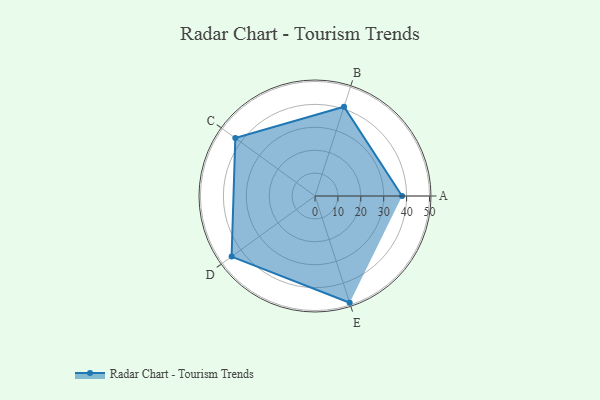
{"axis": {"x": "Skill", "y": "Score"}, "legend": ["Profile"], "data": [{"x": "A", "y": 38.0, "type": "Profile"}, {"x": "B", "y": 41.0, "type": "Profile"}, {"x": "C", "y": 43.0, "type": "Profile"}, {"x": "D", "y": 45.0, "type": "Profile"}, {"x": "E", "y": 49.0, "type": "Profile"}]}